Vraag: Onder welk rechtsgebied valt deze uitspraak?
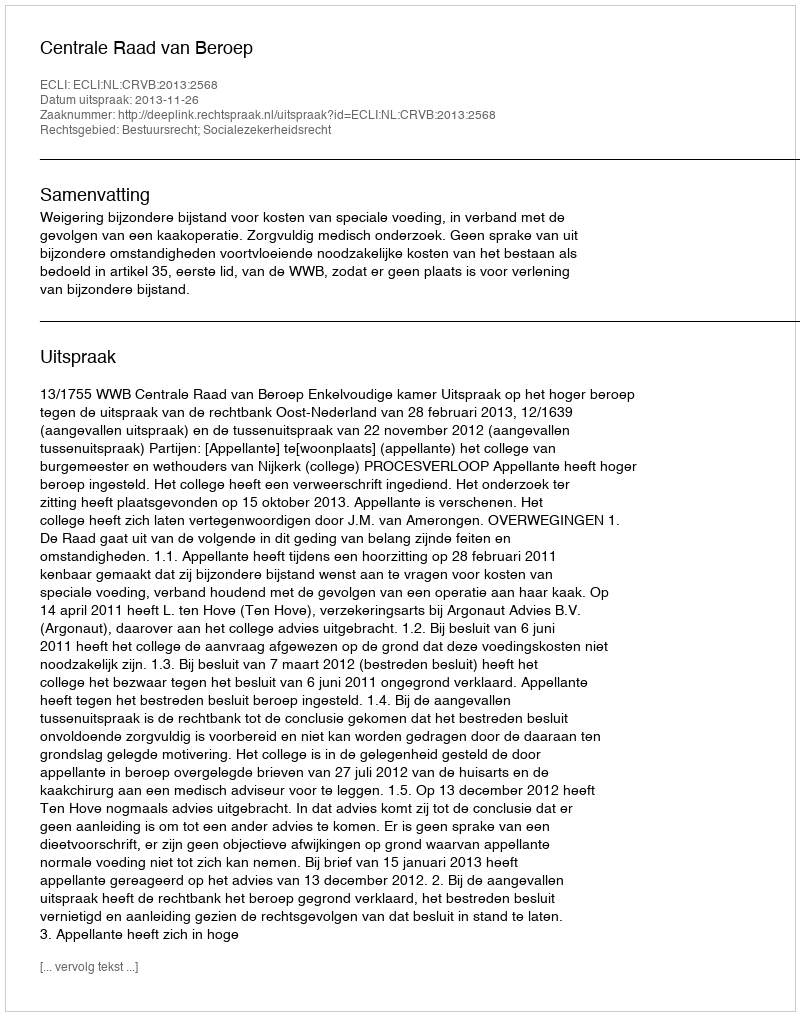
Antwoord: Bestuursrecht; Socialezekerheidsrecht